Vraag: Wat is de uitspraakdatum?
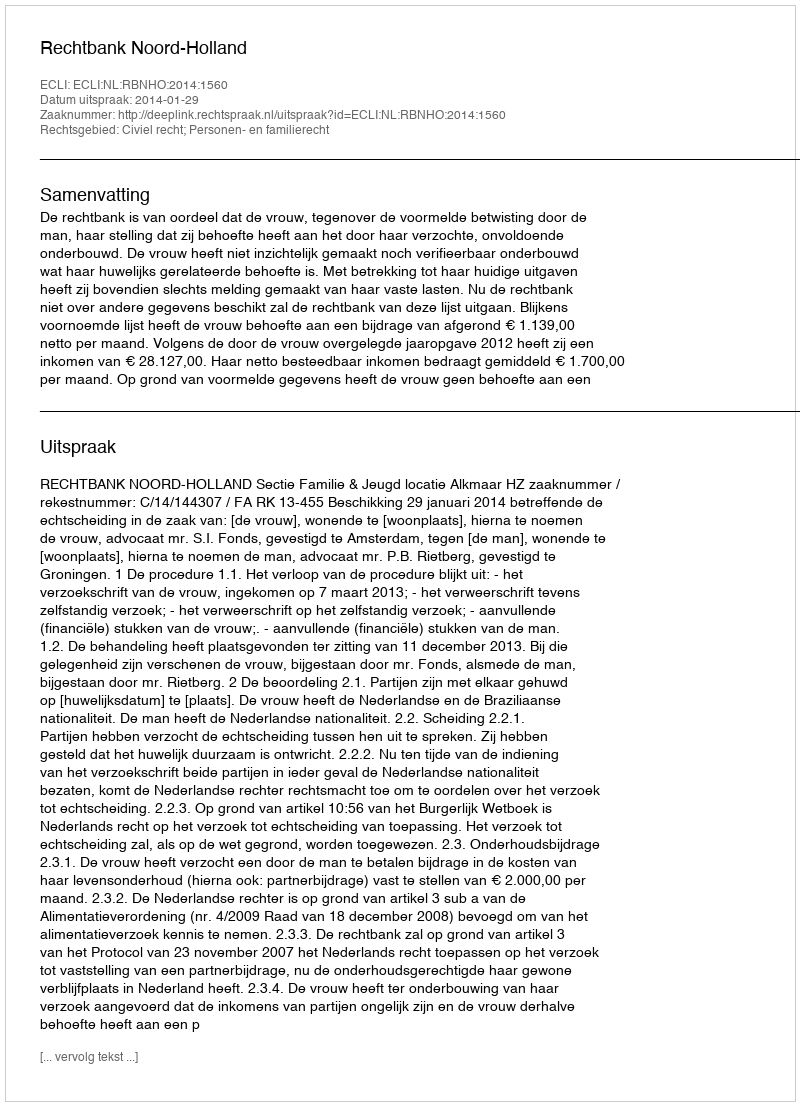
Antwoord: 2014-01-29